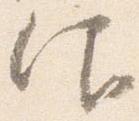
仰